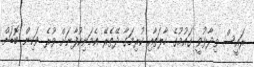
ރައީސް ވިދާޅުވީ ގައުމުގެ ހާލަތާއި ކުރިމަގާ ދޭތެރޭ އެމަނިކުފާނަށް ވުރެ ވަކިން ބޮޑަށް